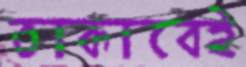
তাকাবেই